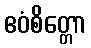
ဧဝံစိတ္တော